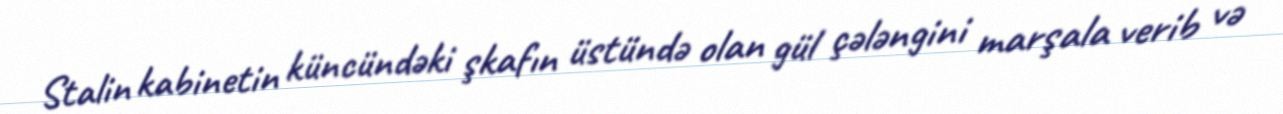
Stalin kabinetin küncündəki şkafın üstündə olan gül çələngini marşala verib və